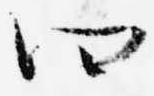
四